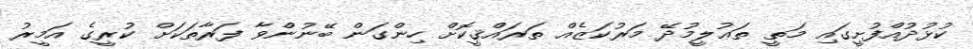
ކުޅުދުއްފުށީގައި މަތީ ތަޢުލީމުދޭ މަރުކަޒެއް ތަރައްޤީކޮށް ހިންގަން ބޭނުންވާ ފަރާތަކަށް ކުރީގެ އަމީރު